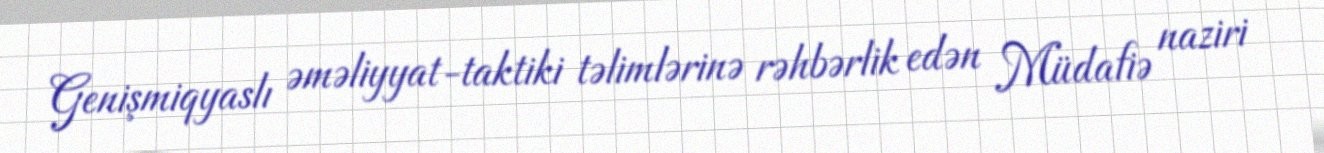
Genişmiqyaslı əməliyyat-taktiki təlimlərinə rəhbərlik edən Müdafiə naziri